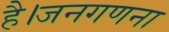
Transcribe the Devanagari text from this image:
है।जनगणना